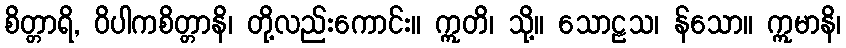
စိတ္တာရိ, ဝိပါကစိတ္တာနိ၊ တို့လည်းကောင်း။ ဣတိ၊ သို့။ သောဠသ၊ န်သော။ ဣမာနိ၊